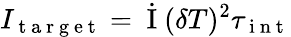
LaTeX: I_{\mathrm{~t~a~r~g~e~t~}}=\dot{\mathrm{~I~}}(\delta T)^{2}\tau_{\mathrm{~i~n~t~}}